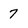
Character: 7